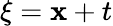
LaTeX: \xi=\mathbf{x}+t